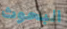
البحوث